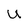
Character: u